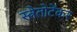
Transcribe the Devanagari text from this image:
स्त्रेतोटेंकर